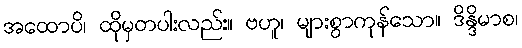
အထောပိ၊ ထိုမှတပါးလည်း။ ဗဟူ၊ များစွာကုန်သော။ ဒိန္ဒိမာစ၊